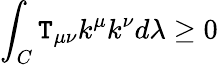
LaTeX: \int_{C}\mathtt{T}_{\mu\nu}k^{\mu}k^{\nu}d\lambda\ge0